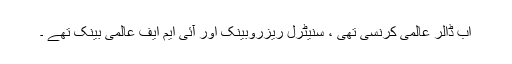
اب ڈالر عالمی کرنسی تھی ، سنیٹرل ریزروبینک اور آئی ایم ایف عالمی بینک تھے ۔